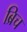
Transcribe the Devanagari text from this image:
ब्रिच